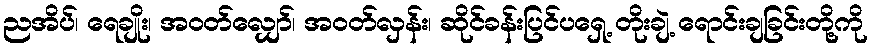
ညအိပ်၊ ရေချိုး၊ အဝတ်လျှော်၊ အဝတ်လှန်း၊ ဆိုင်ခန်းပြင်ပရှေ့ တိုးချဲ့ ရောင်းချခြင်းတို့ကို